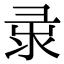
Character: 𢑘